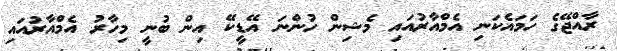
ރާއްޖޭގެ ހަމައެކަނި އެމްއާރުއައި މެޝިން ހުންނަ އޭޑީކޭ އިން ބުނީ މިހާރު އެމްއާރުއައި